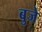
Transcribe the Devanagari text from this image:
बुजे